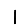
Digit: 1